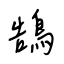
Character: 鵠